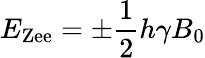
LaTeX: E_{\mathrm{Zee}}=\pm\frac{1}{2}h\gamma B_{0}